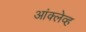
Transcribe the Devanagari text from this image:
आंक्लेव्ह